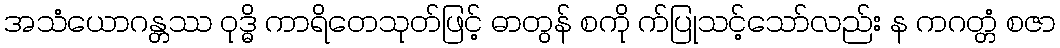
အသံယောဂန္တဿ ဝုဒ္ဓိ ကာရိတေသုတ်ဖြင့် ဓာတွန် စကို က်ပြုသင့်သော်လည်း န ကဂတ္တံ စဇာ